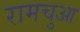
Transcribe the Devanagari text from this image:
रामचुआ